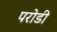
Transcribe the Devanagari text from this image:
परोडी